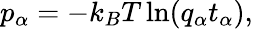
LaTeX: p_{\alpha}=-k_{B}T\ln(q_{\alpha}t_{\alpha}),